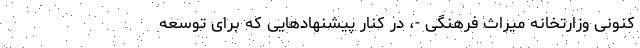
کنونی وزارتخانه میراث فرهنگی -، در کنار پیشنهادهایی که برای توسعه